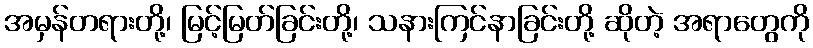
အမှန်တရားတို့၊ မြင့်မြတ်ခြင်းတို့၊ သနားကြင်နာခြင်းတို့ ဆိုတဲ့ အရာတွေကို